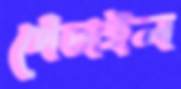
পেঁচাইল